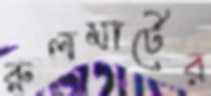
রুলমার্টের